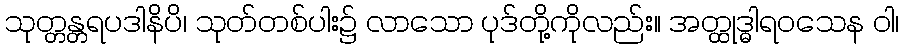
သုတ္တန္တရပဒါနိပိ၊ သုတ်တစ်ပါး၌ လာသော ပုဒ်တို့ကိုလည်း။ အတ္ထုဒ္ဓါရဝသေန ဝါ၊